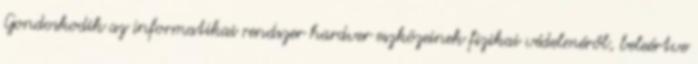
Gondoskodik az informatikai rendszer hardver eszközeinek fizikai védelméről, beleértve